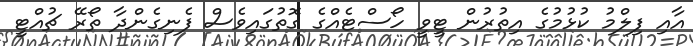
އާއި ފިލްމު ކުޅުމުގެ އިތުރުން ޓީވީ ހޯސްޓެއްގެ ގޮތުގައިވެސް ފެނިގެންދާ ތޯރޭ ޗުއްޓީ